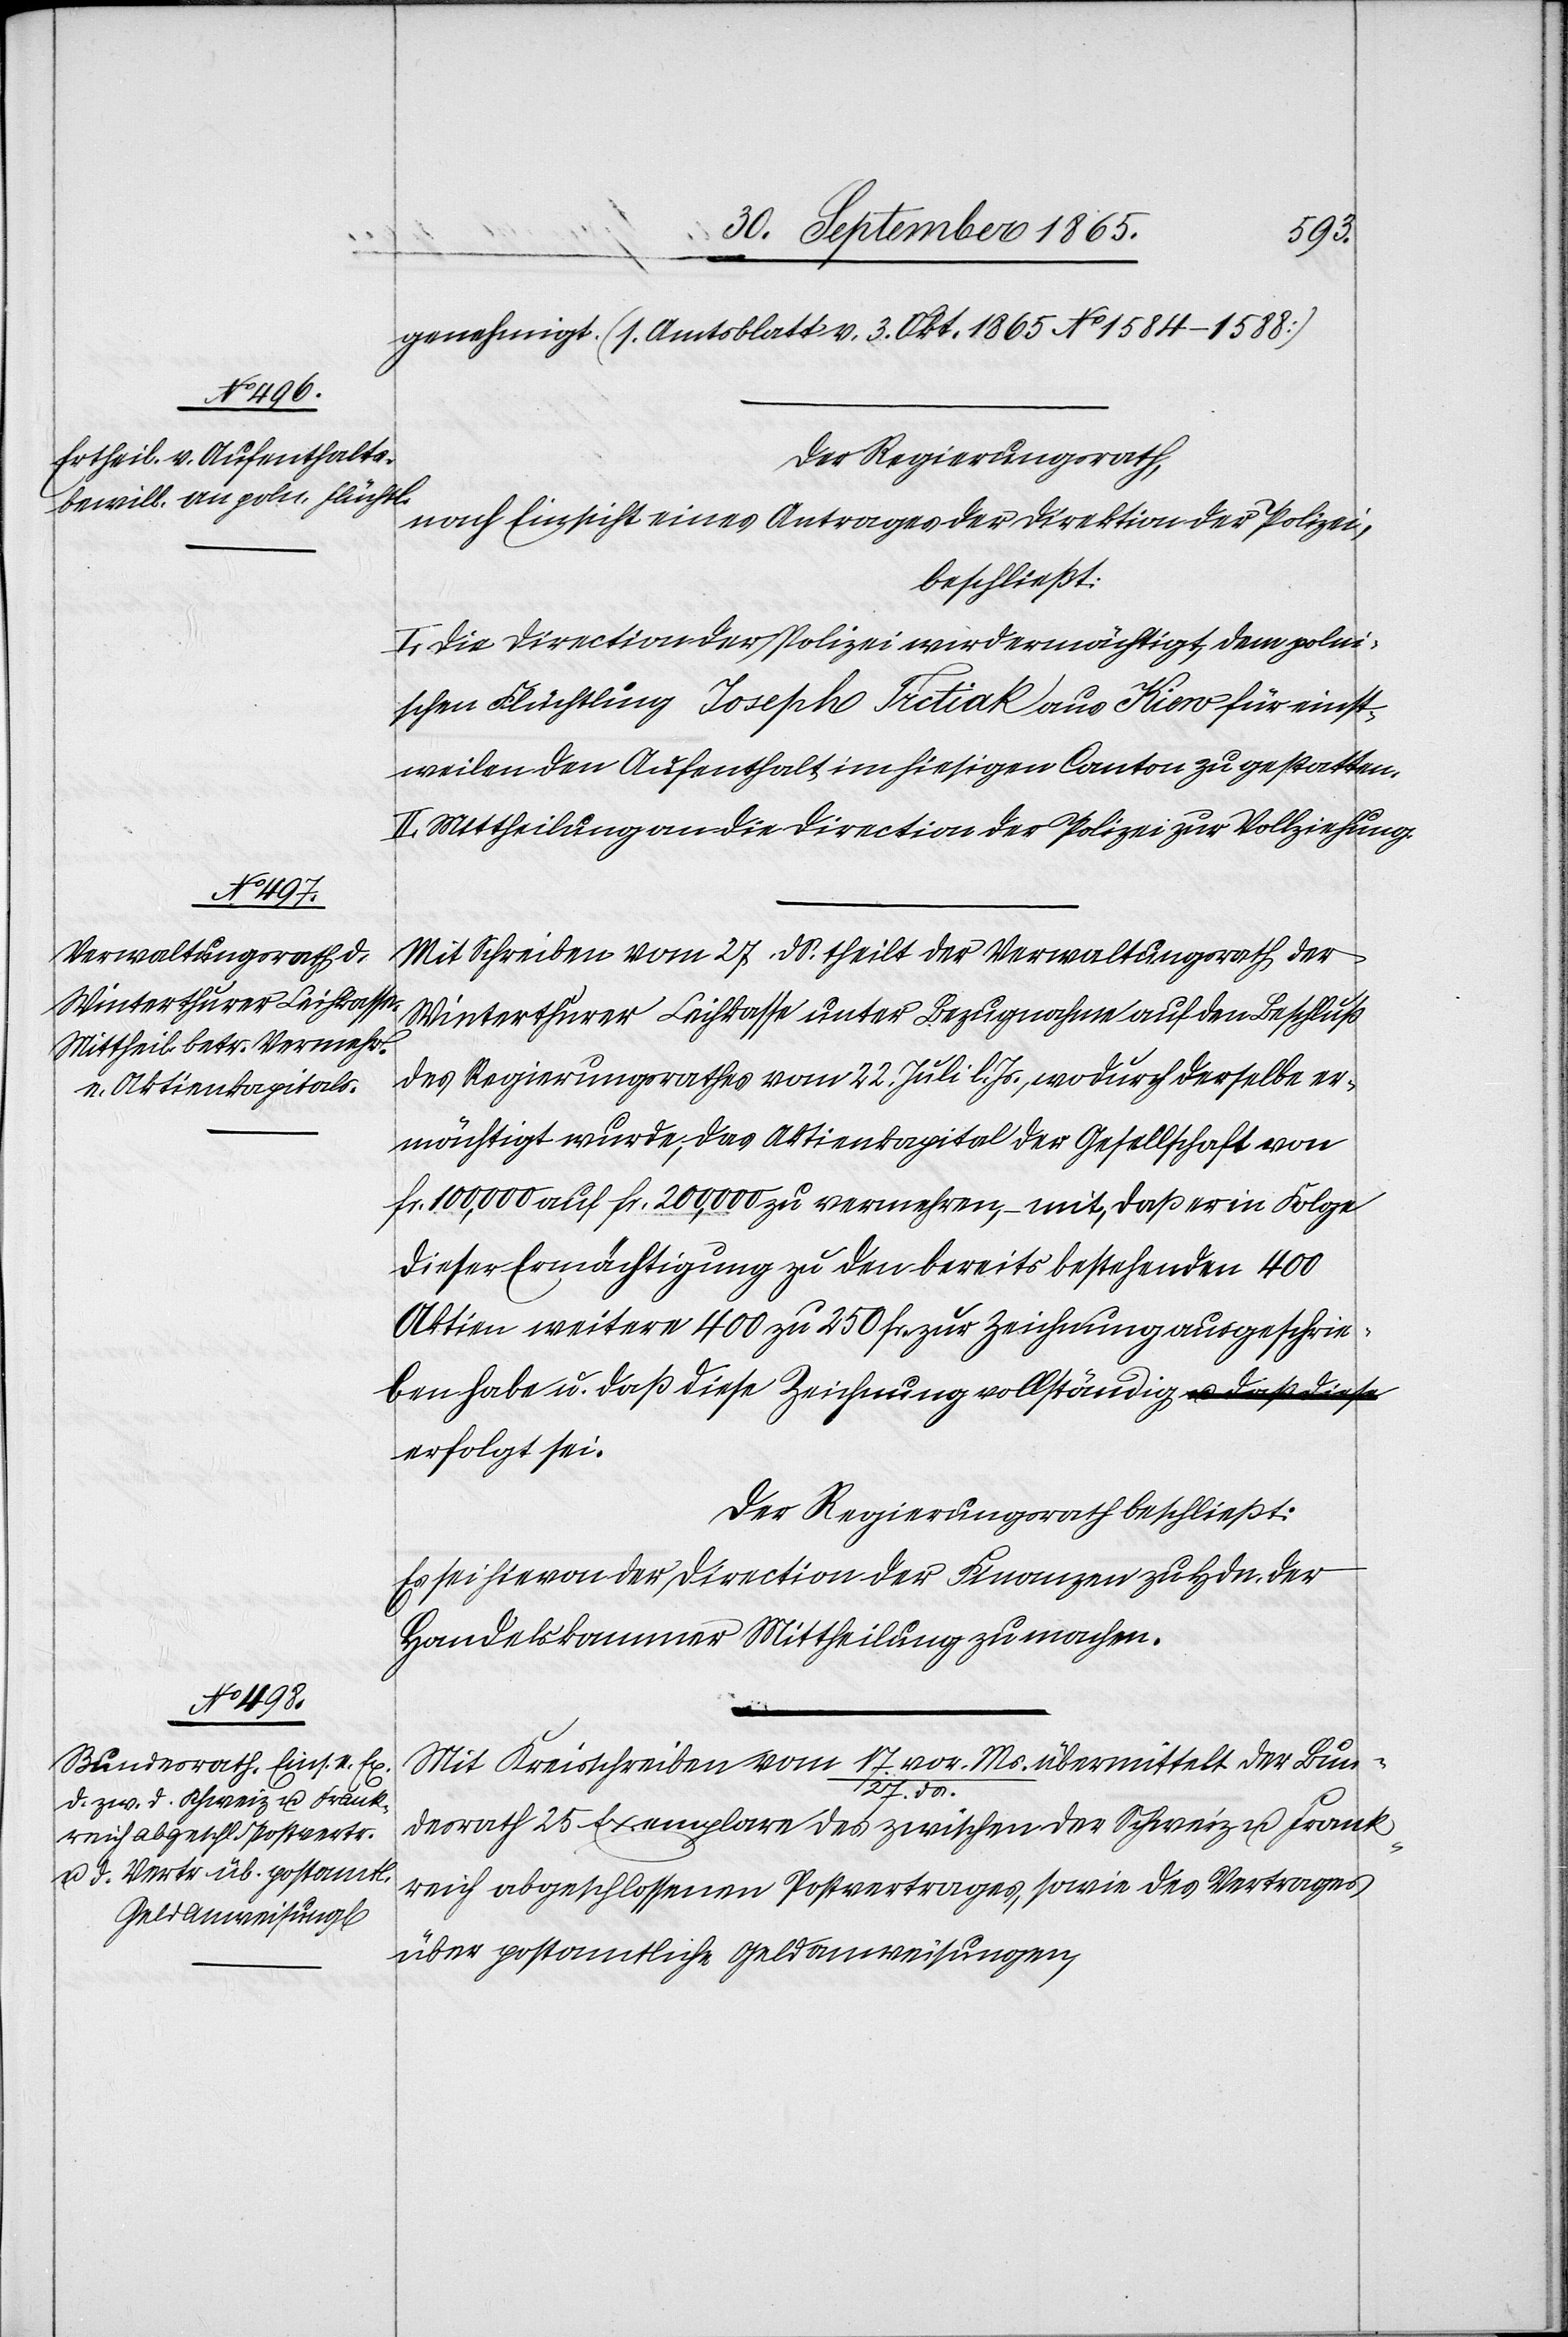
genehmigt. (s. Amtsblatt v. 3. Okt. 1865 No 1584–1588)
Der Regierungsrath,
nach Einsicht eines Antrages der Direktion der Polizei,
beschließt:
I. Die Direction der Polizei wird ermächtigt, dem polni¬
schen Flüchtling Joseph Trctiak aus Kiew für einst¬
weilen den Aufenthalt im hiesigen Canton zu gestatten.
II. Mittheilung an die Direction der Polizei zur Vollziehung.
Mit Schreiben vom 27. ds. theilt der Verwaltungsrath der
Winterthurer Leihkasse unter Bezugnahme auf den Beschluß
des Regierungsrathes vom 22. Juli l . Js., wodurch derselbe er¬
mächtigt wurde, das Aktienkapital der Gesellschaft von
fr. 100,000 auf fr. 200,000 zu vermehren, mit, daß er in Folge
dieser Ermächtigung zu den bereits bestehenden 400
Aktien weitere 400 zu 250 fr. zur Zeichnung ausgeschrie¬
ben habe u. daß diese Zeichnung vollständig erfolgt sei.
Der Regierungsrath beschließt:
Es sei hievon der Direciton der Finanzen zu Hdn. der
Handelskammer Mittheilung zu machen.
Mit Kreisschreiben vom 17. vor. Ms./27. ds. übermittelt der Bun¬
desrath 25 Exemplare des zwischen der Schweiz u. Frank¬
reich abgeschlossenen Postvertrages, sowie des Vertrages
über postamtliche Geldanweisungen,